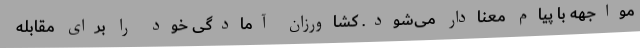
مواجهه با پیام معنادار می‌شود. کشاورزان آمادگی خود را برای مقابله